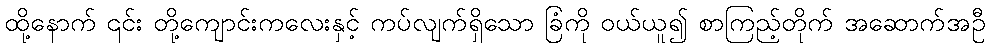
ထို့နောက် ၎င်း တို့ကျောင်းကလေးနှင့် ကပ်လျက်ရှိသော ခြံကို ဝယ်ယူ၍ စာကြည့်တိုက် အဆောက်အဦ